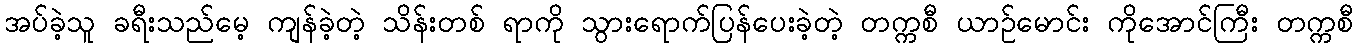
အပ်ခဲ့သူ ခရီးသည်မေ့ ကျန်ခဲ့တဲ့ သိန်းတစ် ရာကို သွားရောက်ပြန်ပေးခဲ့တဲ့ တက္ကစီ ယာဉ်မောင်း ကိုအောင်ကြီး တက္ကစီ